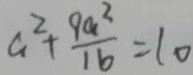
a ^ { 2 } + \frac { 9 a ^ { 2 } } { 1 6 } = 1 0